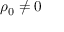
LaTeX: \rho _ { 0 } \neq 0